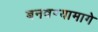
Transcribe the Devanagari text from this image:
बनवण्यामागे